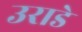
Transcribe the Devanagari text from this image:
उराडे